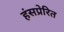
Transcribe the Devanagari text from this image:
हंसप्रेरित